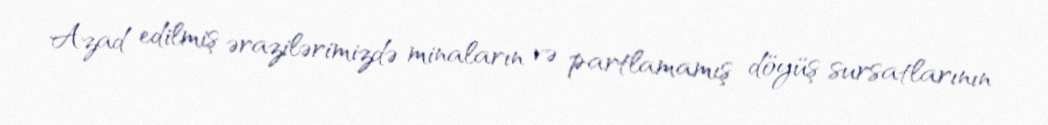
Azad edilmiş ərazilərimizdə minaların və partlamamış döyüş sursatlarının